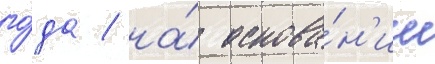
го́да / на́ основа́н'ии